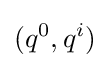
(q^{0},q^{i})